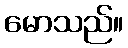
မောသည်။